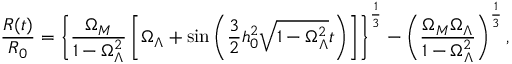
\frac { R ( t ) } { R _ { 0 } } = \left\{ \frac { \Omega _ { M } } { 1 - \Omega _ { \Lambda } ^ { 2 } } \left[ \Omega _ { \Lambda } + \sin \left( \frac { 3 } { 2 } h _ { 0 } ^ { 2 } \sqrt { 1 - \Omega _ { \Lambda } ^ { 2 } } t \right) \right] \right\} ^ { \frac { 1 } { 3 } } - \left( \frac { \Omega _ { M } \Omega _ { \Lambda } } { 1 - \Omega _ { \Lambda } ^ { 2 } } \right) ^ { \frac { 1 } { 3 } } ,